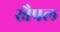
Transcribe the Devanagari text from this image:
स्नैपल